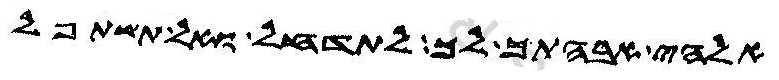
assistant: אלהי אבהתך לך לתדחל ואל תשתפל